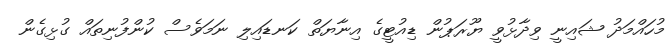
މުހައްމަދު ޝައިނީ ވިދާޅުވީ ޔޫރަޕުން ޑިއުޓީގެ އިނާޔަތް ކަނޑައިލި ނަމަވެސް ކުންފުނިތައް ގުޅިގެން